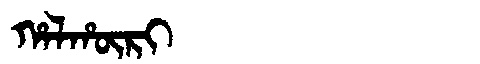
Manchu: ᡥᠠᠯᡥᡡᡵᡳ
Romanization: HALHŪRI